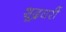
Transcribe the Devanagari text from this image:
शूद्रघरीं